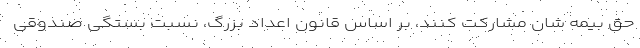
حق بیمه شان مشارکت کنند، بر اساس قانون اعداد بزرگ، نسبت بستگی صندوقی